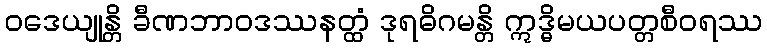
ဝဒေယျုန္တိ ခီဏဘာဝဒဿနတ္ထံ ဒုရဓိဂမန္တိ ဣဒ္ဓိမယပတ္တစီဝရဿ